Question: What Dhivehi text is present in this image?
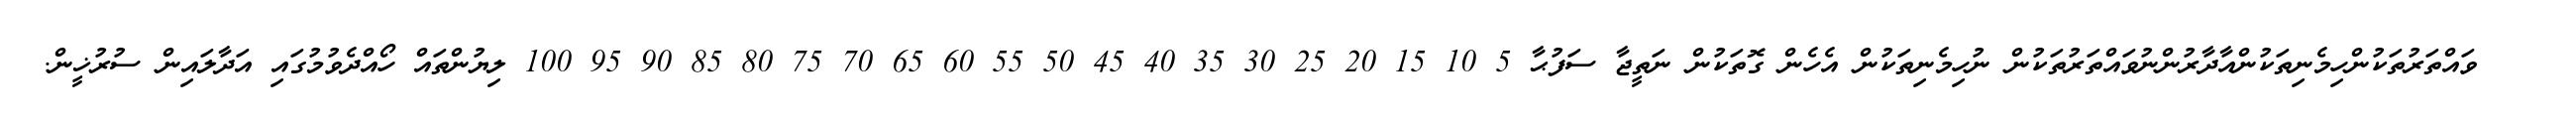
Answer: ??? ވައްތަރުތަކުންހިމެނިތަކުންއާދާރުންނުވައްތަރުތަކުން ނުހިމެނިތަކުން އެހެން ގޮތަކުން ނަތީޖާ ސަފުޙާ 5 10 15 20 25 30 35 40 45 50 55 60 65 70 75 80 85 90 95 100 ލިޔުންތައް ހޯއްދެވުމުގައި އަދާލައިން ސުރުޚީން.